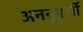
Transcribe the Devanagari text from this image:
अननुपर्णी